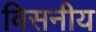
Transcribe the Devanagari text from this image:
विसनीय